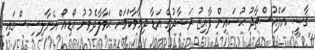
ޤާޟީ އަލްއުސްތާޛު ޙުސައިން ފާއިޒު ރަޝާދުގެ އަޑާ ދިމާވާކަމަށް ޙަވާލާދެވުނު އޯޑިއޯ އެނާލިސިސްގައި